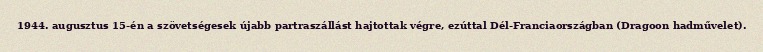
1944. augusztus 15-én a szövetségesek újabb partraszállást hajtottak végre, ezúttal Dél-Franciaországban (Dragoon hadművelet).